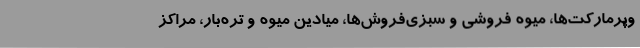
وپرمارکت‌ها، میوه فروشی و سبزی‌فروش‌ها، میادین میوه و تره‌بار، مراکز